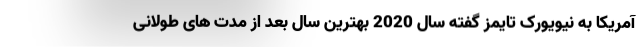
آمریکا به نیویورک تایمز گفته سال 2020 بهترین سال بعد از مدت های طولانی